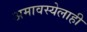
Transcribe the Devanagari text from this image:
अमावस्येलाही